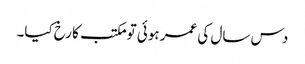
دس سال کی عمر ہوئی تو مکتب کا رخ کیا۔